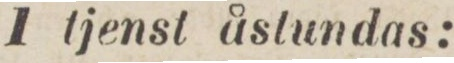
1 tjenst åstundas: